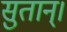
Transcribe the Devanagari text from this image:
सुतान्।